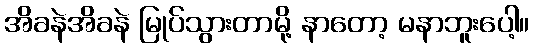
အိခနဲအိခနဲ မြုပ်သွားတာမို့ နာတော့ မနာဘူးပေါ့။